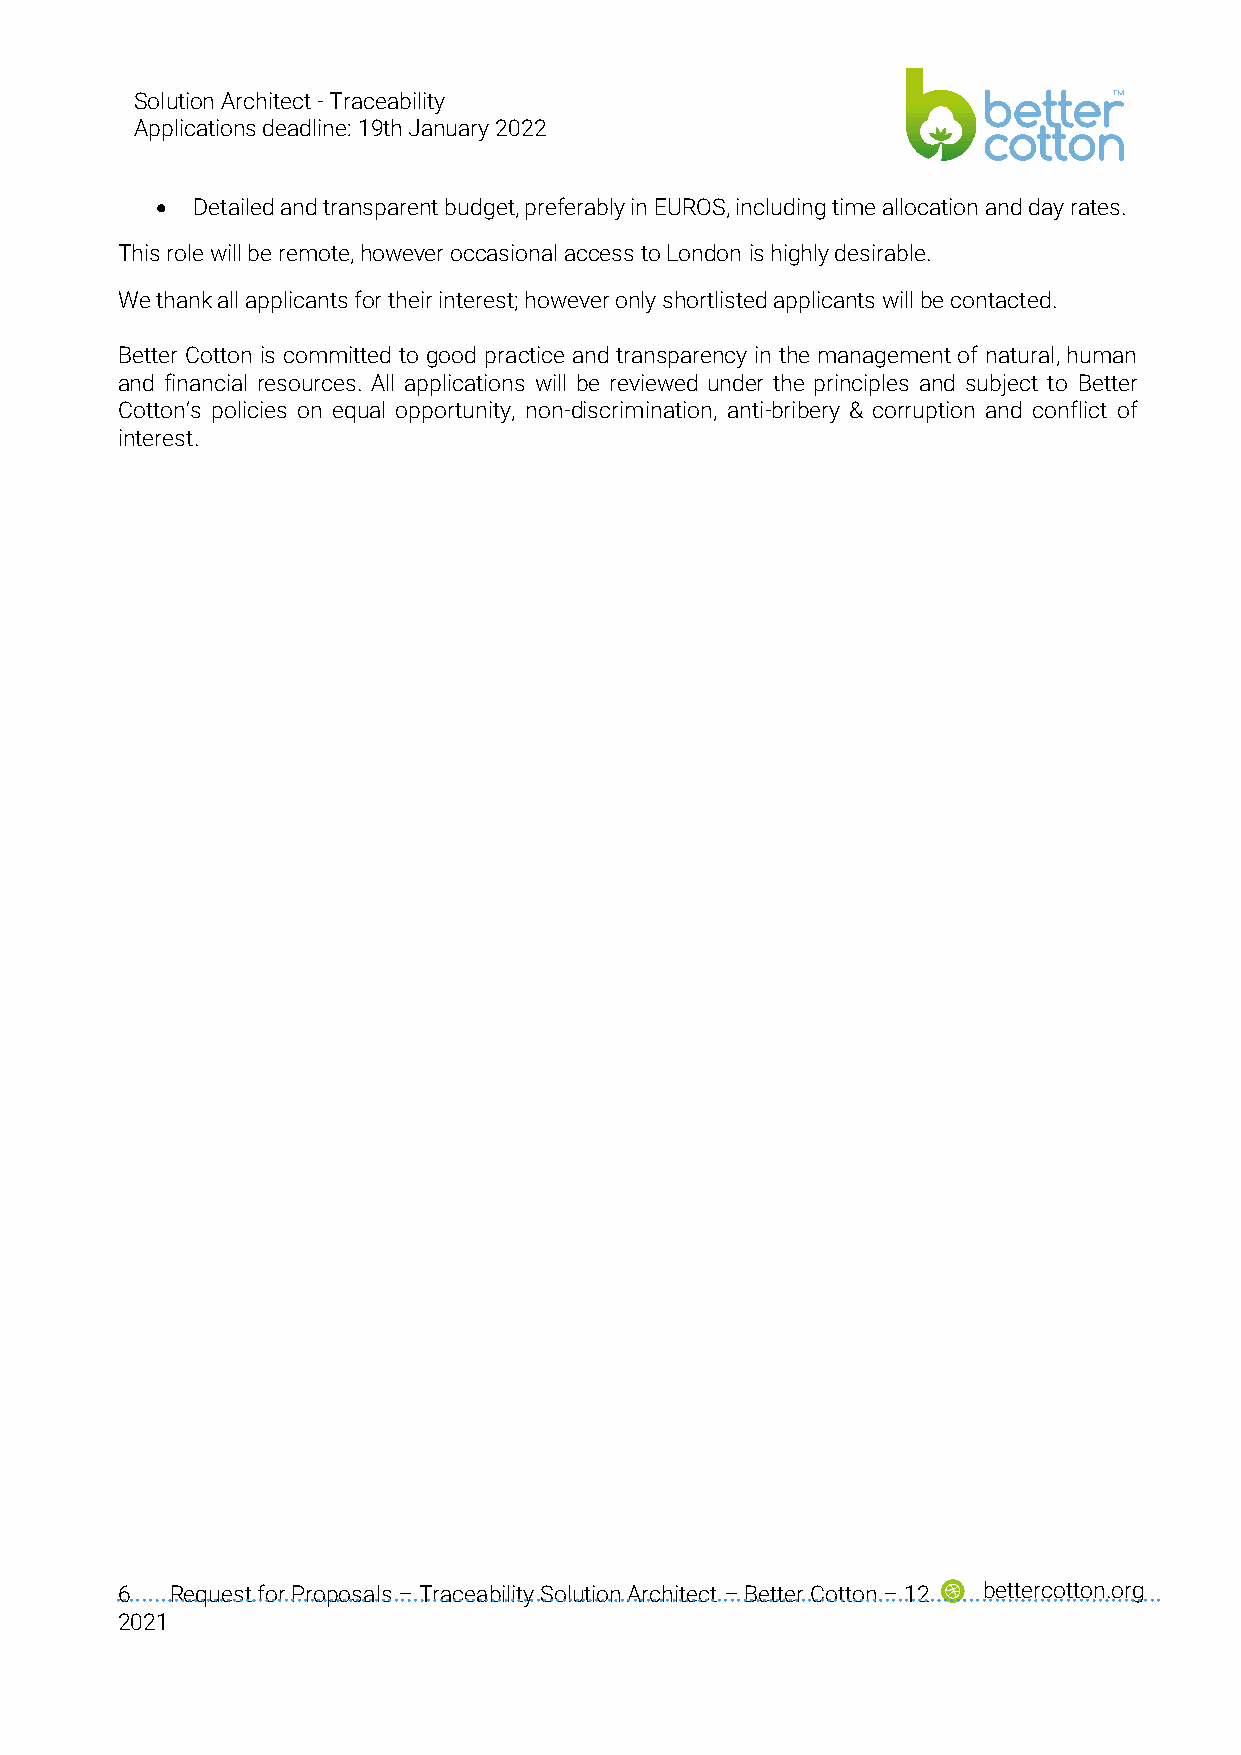
Solution Architect - Traceability
 Applications deadline: 19th January 2022
 •  Detailed and transparent budget, preferably in EUROS, including time allocation and day rates.
 This role will be remote, however occasional access to London is highly desirable.
 We thank all applicants for their interest; however only shortlisted applicants will be contacted.
 Better Cotton is committed to good practice and transparency in the management of natural, human
 and financial resources. All applications will be reviewed under the principles and subject to Better
 Cotton’s policies on equal opportunity, non-discrimination, anti-bribery & corruption and conflict of
 interest.
 6  Request for Proposals – Traceability Solution Architect – Better Cotton – 12 bettercotton.org
 2021